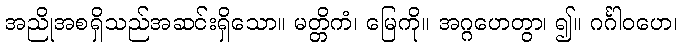
အညိုအစရှိသည်အဆင်းရှိသော။ မတ္တိကံ၊ မြေကို။ အဂ္ဂဟေတွာ၊ ၍။ ဂင်္ဂါဝဟေ၊